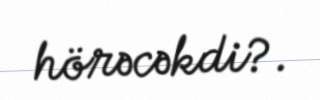
hörəcəkdi?.